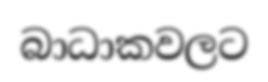
බාධාකවලට